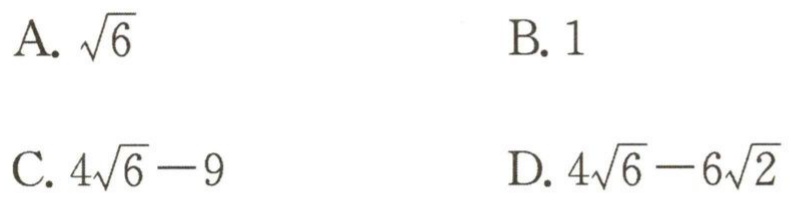
A. $\sqrt{6}$

B. $1$

C. $4\sqrt{6}-9$

D. $4\sqrt{6}-6\sqrt{2}$